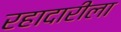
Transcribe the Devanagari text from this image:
रहादारीला